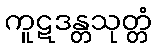
ကူဋဒန္တသုတ္တံ